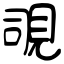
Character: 覗